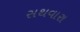
સથવારા